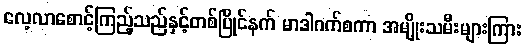
လေ့လာစောင့်ကြည့်သည်နှင့်တစ်ပြိုင်နက် မာဒါဂက်စကာ အမျိုးသမီးများကြား